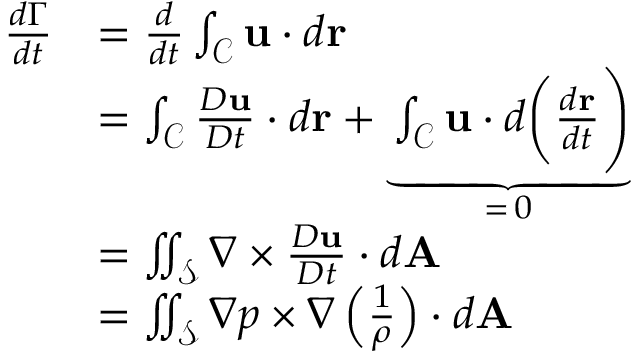
\begin{array} { r l } { \frac { d \Gamma } { d t } } & { = \frac { d } { d t } \int _ { \mathcal { C } } \mathbf { u } \cdot d \mathbf { r } } \\ & { = \int _ { \mathcal { C } } \frac { D \mathbf { u } } { D t } \cdot d \mathbf { r } + \underbrace { \int _ { \mathcal { C } } \mathbf { u } \cdot d \biggl ( \frac { d \mathbf { r } } { d t } \Biggr ) } _ { = \, 0 } } \\ & { = \iint _ { \mathcal { S } } \nabla \times \frac { D \mathbf { u } } { D t } \cdot d \mathbf { A } } \\ & { = \iint _ { \mathcal { S } } \nabla p \times \nabla \left( \frac { 1 } { \rho } \right) \cdot d \mathbf { A } } \end{array}